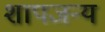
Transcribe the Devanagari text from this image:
शापजन्य